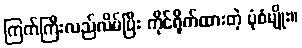
ကြက်ကြီးလည်လိမ်ပြီး ကိုင်ရိုက်ထားတဲ့ ပုံစံမျိုး။